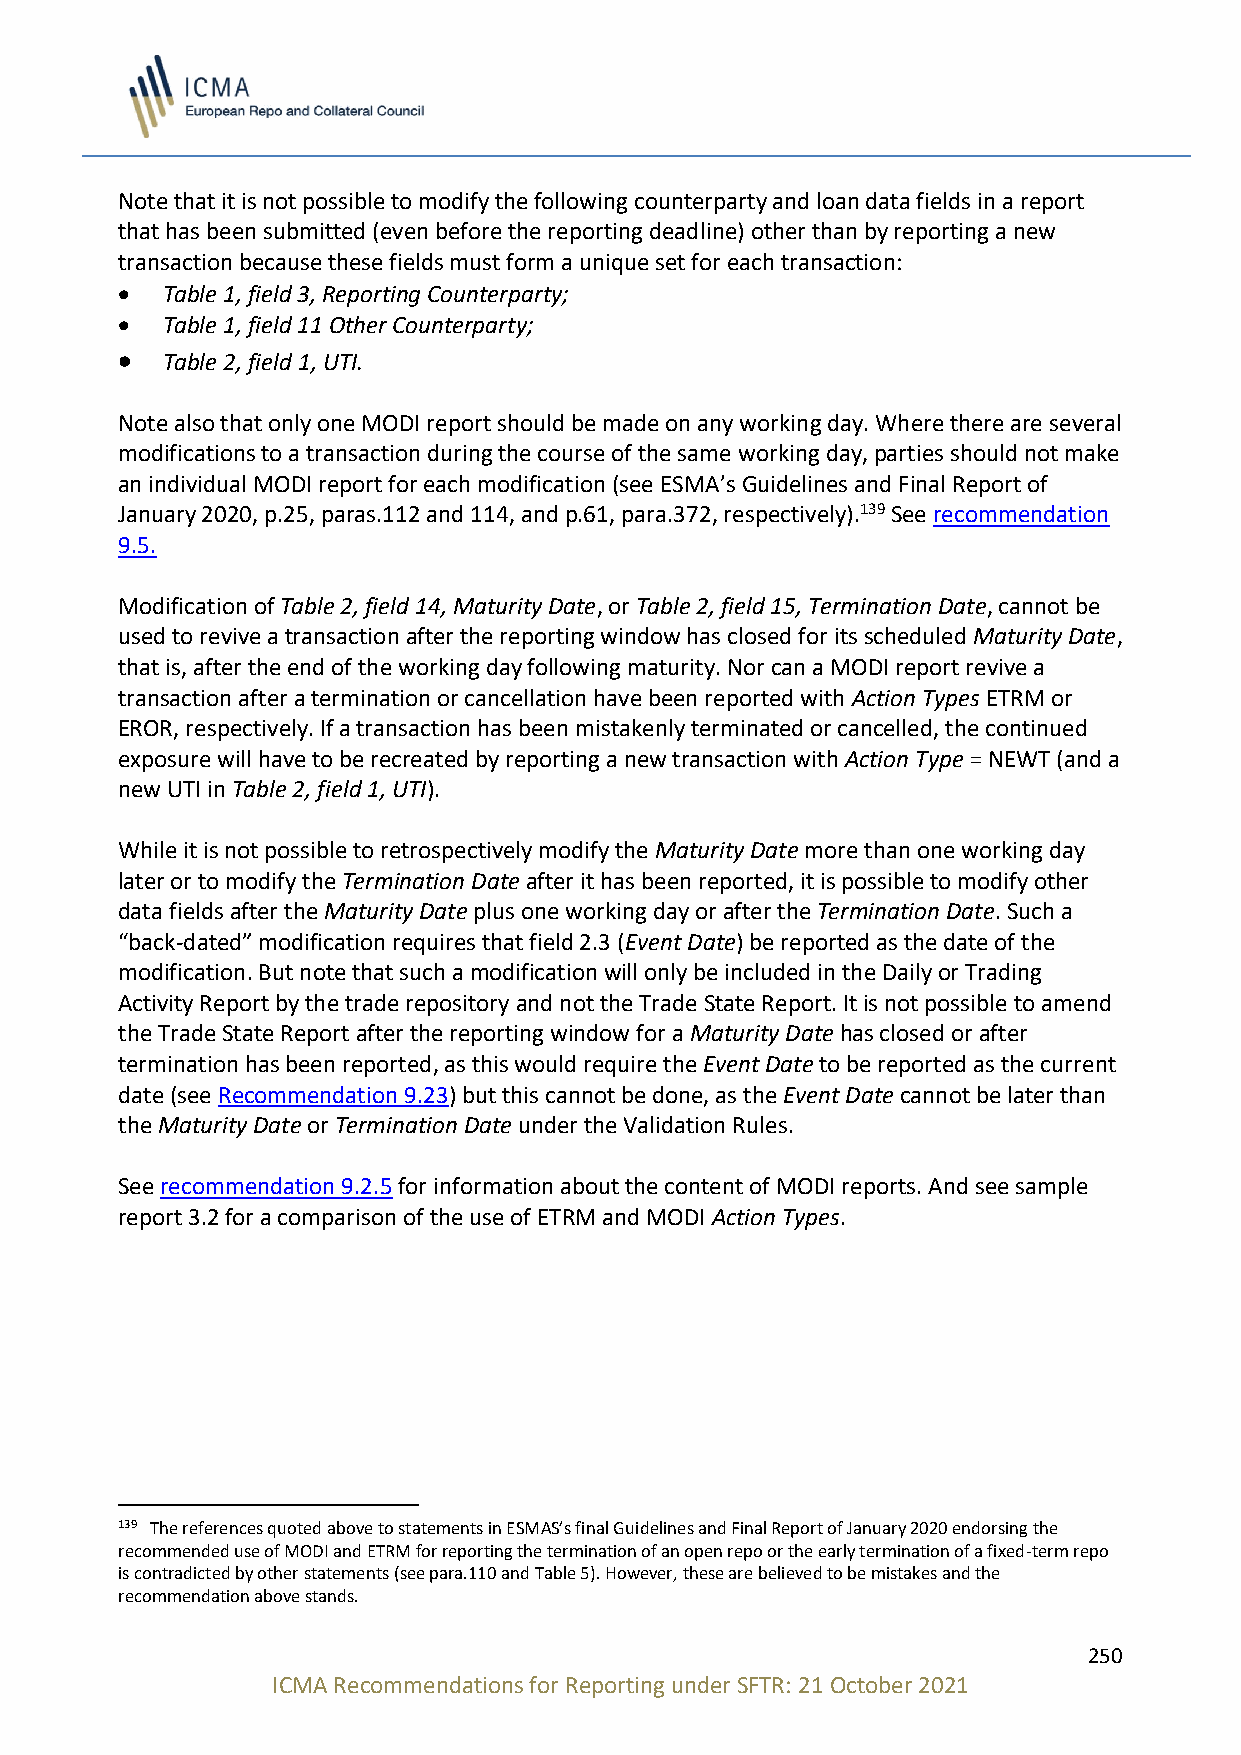
Note that it is not possible to modify the following counterparty and loan data fields in a report
 that has been submitted (even before the reporting deadline) other than by reporting a new
 transaction because these fields must form a unique set for each transaction:
 •  Table 1, field 3, Reporting Counterparty;
 •  Table 1, field 11 Other Counterparty;
 •  Table 2, field 1, UTI.
 Note also that only one MODI report should be made on any working day. Where there are several
 modifications to a transaction during the course of the same working day, parties should not make
 an individual MODI report for each modification (see ESMA’s Guidelines and Final Report of
 January 2020, p.25, paras.112 and 114, and p.61, para.372, respectively).139 See recommendation
 9.5.
 Modification of Table 2, field 14, Maturity Date, or Table 2, field 15, Termination Date, cannot be
 used to revive a transaction after the reporting window has closed for its scheduled Maturity Date,
 that is, after the end of the working day following maturity. Nor can a MODI report revive a
 transaction after a termination or cancellation have been reported with Action Types ETRM or
 EROR, respectively. If a transaction has been mistakenly terminated or cancelled, the continued
 exposure will have to be recreated by reporting a new transaction with Action Type = NEWT (and a
 new UTI in Table 2, field 1, UTI).
 While it is not possible to retrospectively modify the Maturity Date more than one working day
 later or to modify the Termination Date after it has been reported, it is possible to modify other
 data fields after the Maturity Date plus one working day or after the Termination Date. Such a
 “back-dated” modification requires that field 2.3 (Event Date) be reported as the date of the
 modification. But note that such a modification will only be included in the Daily or Trading
 Activity Report by the trade repository and not the Trade State Report. It is not possible to amend
 the Trade State Report after the reporting window for a Maturity Date has closed or after
 termination has been reported, as this would require the Event Date to be reported as the current
 date (see Recommendation 9.23) but this cannot be done, as the Event Date cannot be later than
 the Maturity Date or Termination Date under the Validation Rules.
 See recommendation 9.2.5 for information about the content of MODI reports. And see sample
 report 3.2 for a comparison of the use of ETRM and MODI Action Types.
 139 The references quoted above to statements in ESMAS’s final Guidelines and Final Report of January 2020 endorsing the
 recommended use of MODI and ETRM for reporting the termination of an open repo or the early termination of a fixed-term repo
 is contradicted by other statements (see para.110 and Table 5). However, these are believed to be mistakes and the
 recommendation above stands.
 250
 ICMA Recommendations for Reporting under SFTR: 21 October 2021